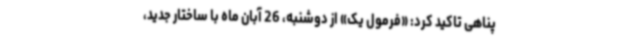
پناهی تاکید کرد: «فرمول یک» از دوشنبه، 26 آبان ماه با ساختار جدید،